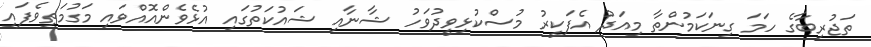
ތަޖުރިބާގެ ހަމަ ގިނަކަމުންތާ މިއަދު އެފަކީރު މުސްކުޅިވީދުވަހު ޝާނާއި ޝައުކަތުގައި އުޅެވެންއޮއްވައި މަގުމަތިވެފައި